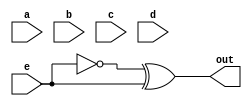
module top_module (
    input a, b, c, d, e,
    output [24:0] out );//
  assign top    = { {5{a}}, {5{b}}, {5{c}}, {5{d}}, {5{e}} };
  assign bottom = {5{a,b,c,d,e}};
  assign out = ~top ^ bottom;	

endmodule